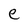
Character: e